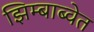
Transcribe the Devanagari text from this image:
झिम्बाब्वेत